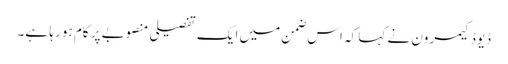
ڈیوڈ کیمرون نے کہا کہ اس ضمن میں ایک تفصیلی منصوبے پر کام ہو رہا ہے۔